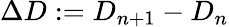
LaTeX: \Delta D:=D_{n+1}-D_{n}